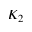
K _ { 2 }